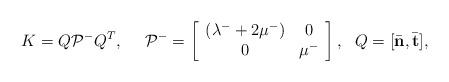
LaTeX: \begin{align*}K=Q \mathcal{P}^- Q^T, ~~ ~~\mathcal{P}^-=\left[\begin{array}{cc} (\lambda^- + 2\mu^-) & 0 \\ 0 & \mu^- \end{array}\right],~~ Q=[\bar{\mathbf{ n}},\bar{\mathbf{ t}}], \end{align*}